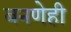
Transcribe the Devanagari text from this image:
बनणेही